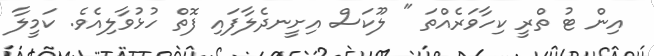
އިން ޓު ތްރީ ކިހާވަރެއްތަ " ލޫކަސް އިށީނދެލާފައި ފޮތް ހުޅުވާލިއެވެ. ކަމީލާ